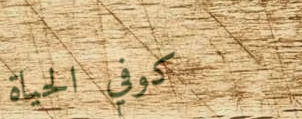
كوفي الحياة